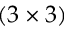
( 3 \times 3 )